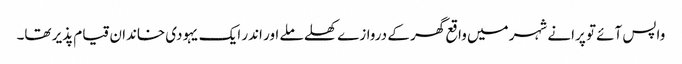
واپس آئے تو پرانے شہر میں واقع گھر کے دروازے کھلے ملے اور اندر ایک یہودی خاندان قیام پذیر تھا۔